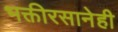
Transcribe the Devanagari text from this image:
भक्तीरसानेही